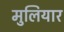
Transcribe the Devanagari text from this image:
मुलियार